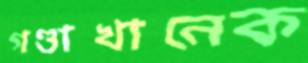
গণ্ডাখানেক